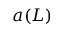
a ( L )